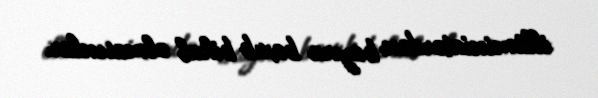
illüminiatordan bayıra baxıb bihal olmasınlar.